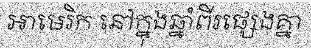
អាមេរិក នៅក្នុងឆ្នាំពីរផ្សេងគ្នា